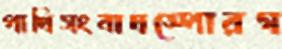
পাখিসংবাদস্পোরগ